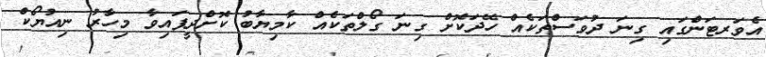
އެވަރޓަންގައި ގިނަ ދުވަސްތަކެއް ހޭދަކޮށް ގިނަ ގޯލްތަކެއް ކާމިޔާބު ކޮށްދީފައިވާ މިހާރު ނިއުޔޯކް